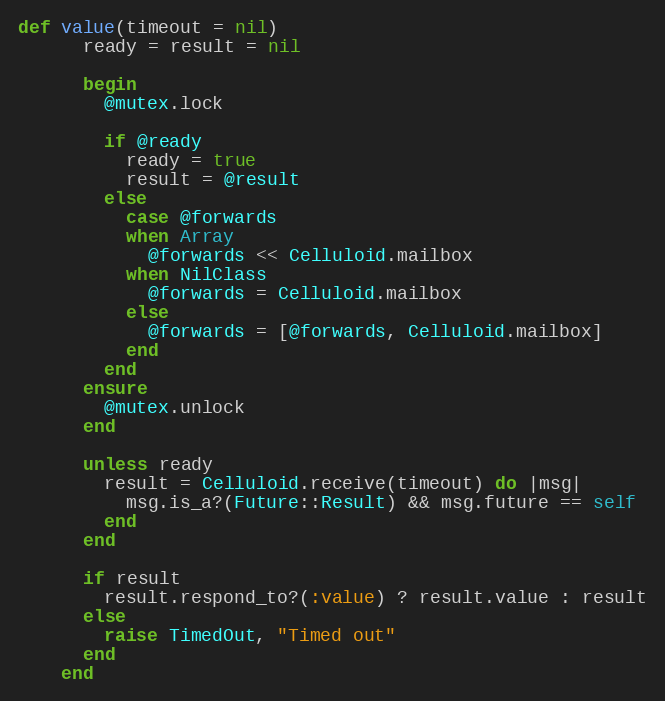
Language: Ruby
def value(timeout = nil)
      ready = result = nil

      begin
        @mutex.lock

        if @ready
          ready = true
          result = @result
        else
          case @forwards
          when Array
            @forwards << Celluloid.mailbox
          when NilClass
            @forwards = Celluloid.mailbox
          else
            @forwards = [@forwards, Celluloid.mailbox]
          end
        end
      ensure
        @mutex.unlock
      end

      unless ready
        result = Celluloid.receive(timeout) do |msg|
          msg.is_a?(Future::Result) && msg.future == self
        end
      end

      if result
        result.respond_to?(:value) ? result.value : result
      else
        raise TimedOut, "Timed out"
      end
    end